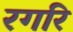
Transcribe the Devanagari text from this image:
रगरि